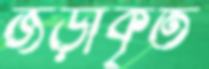
জড়ীকৃত